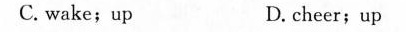
C.wake;up D.cheer;up